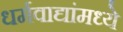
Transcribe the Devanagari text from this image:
धर्मवाद्यांमध्ये